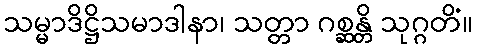
သမ္မာဒိဋ္ဌိသမာဒါနာ၊ သတ္တာ ဂစ္ဆန္တိ သုဂ္ဂတိံ။